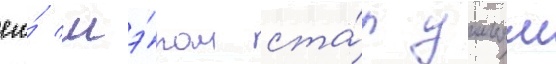
его́ мэ́ром ста́л уильям